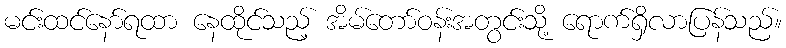
မင်းထင်နော်ရထာ နေထိုင်သည့် အိမ်တော်ဝန်းအတွင်းသို့ ရောက်ရှိလာပြန်သည်။